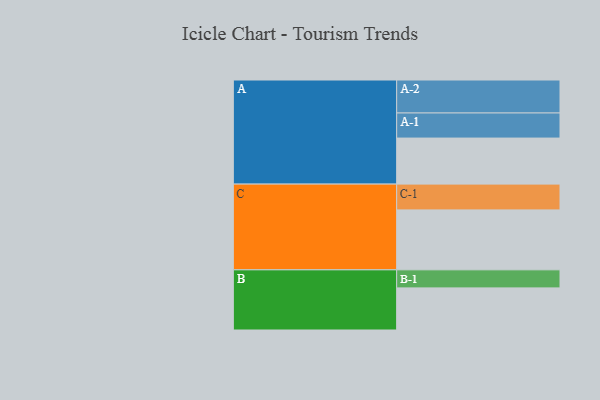
{"axis": {"x": "Segment", "y": "Value"}, "legend": ["", "A", "B", "C"], "data": [{"x": "A", "y": 398, "type": ""}, {"x": "B", "y": 364, "type": ""}, {"x": "C", "y": 518, "type": ""}, {"x": "A-1", "y": 217, "type": "A"}, {"x": "A-2", "y": 285, "type": "A"}, {"x": "B-1", "y": 156, "type": "B"}, {"x": "C-1", "y": 223, "type": "C"}]}